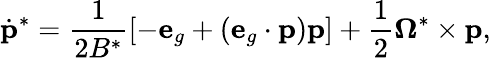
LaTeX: \dot{\mathbf{p}}^{*}=\frac{1}{2B^{*}}\left[-\mathbf{e}_{g}+(\mathbf{e}_{g}\cdot\mathbf{p})\mathbf{p}\right]+\frac{1}{2}\mathbf{\Omega}^{*}\times\mathbf{p},